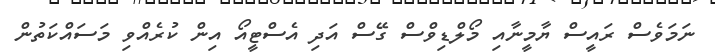
ނަމަވެސް ރައީސް ޔާމީނާއި މޯލްޑިވްސް ގޭސް އަދި އެސްޓީއޯ އިން ކުރެއްވި މަސައްކަތުން